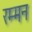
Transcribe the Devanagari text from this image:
रम्मन